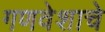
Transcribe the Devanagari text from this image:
गणवेशाचे